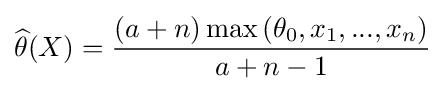
{\widehat {\theta }}(X)={\frac {(a+n)\max {(\theta _{0},x_{1},...,x_{n})}}{a+n-1}}